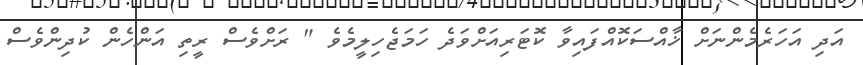
އަދި އަހަރެމެންނަށް ޚާއްސަކޮއްފައިވާ ކޮޓަރިއަށްވަދެ ހަމަޖެހިލީމެވެ " ރަށްވެސް ރީތި އަންހެން ކުދިންވެސް